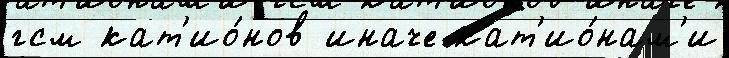
гсм кат'ио́нов иначе кат'ио́нам'и